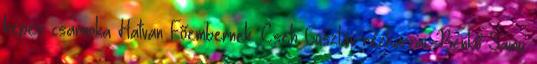
képes csarnoka Hatvan Főembernek. Cseh Gusztáv rézkarcai. Benkő Samu